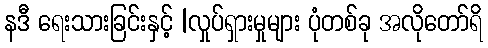
နဒီ ရေးသားခြင်းနှင့် |လှုပ်ရှားမှုများ ပုံတစ်ခု အလိုတော်ရိ